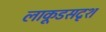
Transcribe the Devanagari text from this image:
लाकूडसदृश